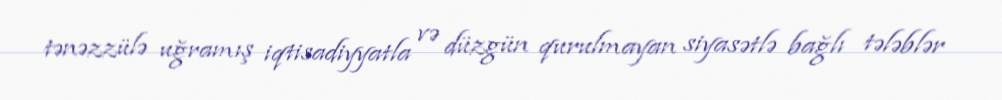
tənəzzülə uğramış iqtisadiyyatla və düzgün qurulmayan siyasətlə bağlı tələblər